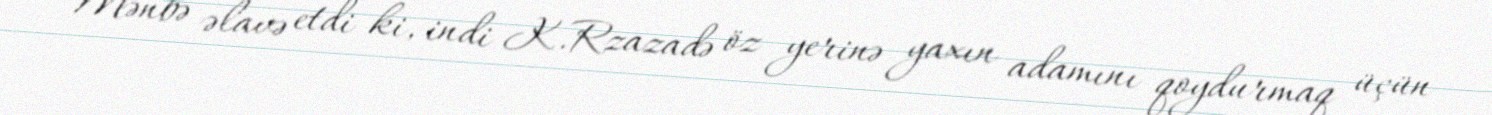
Mənbə əlavə etdi ki, indi K.Rzazadə öz yerinə yaxın adamını qoydurmaq üçün